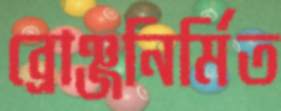
ব্রোঞ্জনির্মিত